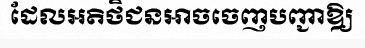
ដែលអតិថិជនអាចចេញបញ្ជាឱ្យ